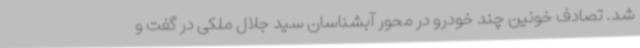
شد. تصادف خونین چند خودرو در محور آبشناسان سید جلال ملکی در گفت و